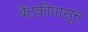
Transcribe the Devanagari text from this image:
बैठकीपासून